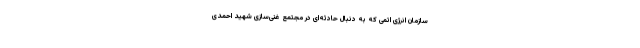
سازمان انرژی اتمی که به دنبال حادثه‌ای در مجتمع غنی‌سازی شهید احمدی‌